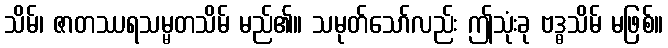
သိမ်၊ ဇာတဿရသမ္မတသိမ် မည်၏။ သမုတ်သော်လည်း ဤသုံးခု ဗဒ္ဓသိမ် မဖြစ်။